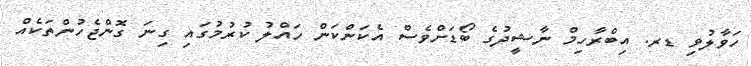
ހަވާލުވި ޑރ. އިބްރާހިމް ނާޝީދުގެ ބޯޑަށްވެސް އެކަންކަން ހައްލު ކުރުމުގައި ގިނަ ގޮންޖެހުންތަކެއް